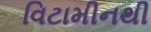
વિટામીનથી